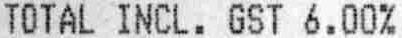
TOTAL INCL. GST 6.00%